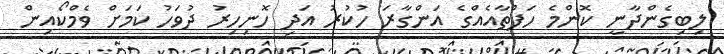
ލިބިގެންދާނީ ކޮންމެ ހަފްތާއެއްގެ އަންގާރަ ހުކުރު އަދި ހޮނިހިރު ދުވަހު ކަމަށް ވެމްކޯއިން